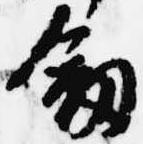
剣